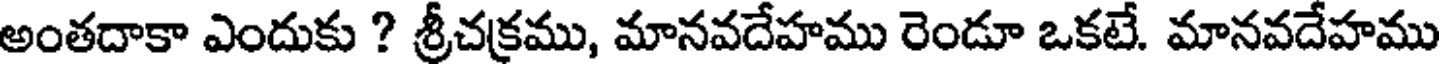
అంతదాకా ఎందుకు ? శ్రీచక్రము, మానవదేహము రెండూ ఒకటే. మానవదేహము